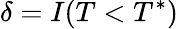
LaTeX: \delta=I(T<T^{*})